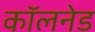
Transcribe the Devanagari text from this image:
कॉलनेड